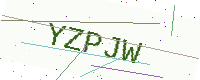
Text: YZPJW